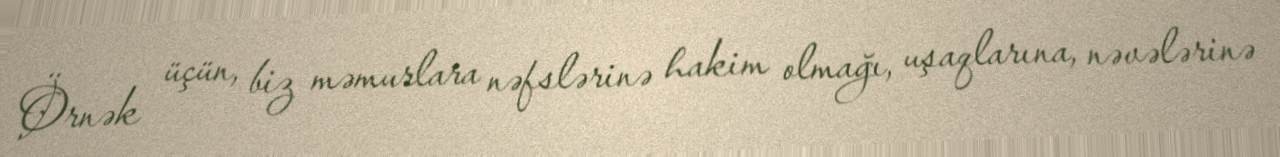
Örnək üçün, biz məmurlara nəfslərinə hakim olmağı, uşaqlarına, nəvələrinə